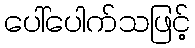
ပေါ်ပေါက်သဖြင့်